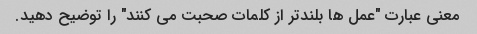
معنی عبارت "عمل ها بلندتر از کلمات صحبت می کنند" را توضیح دهید.